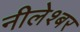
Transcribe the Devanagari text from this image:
नीलेश्बर